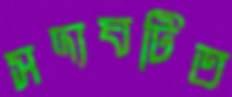
সদ্যঘটিত